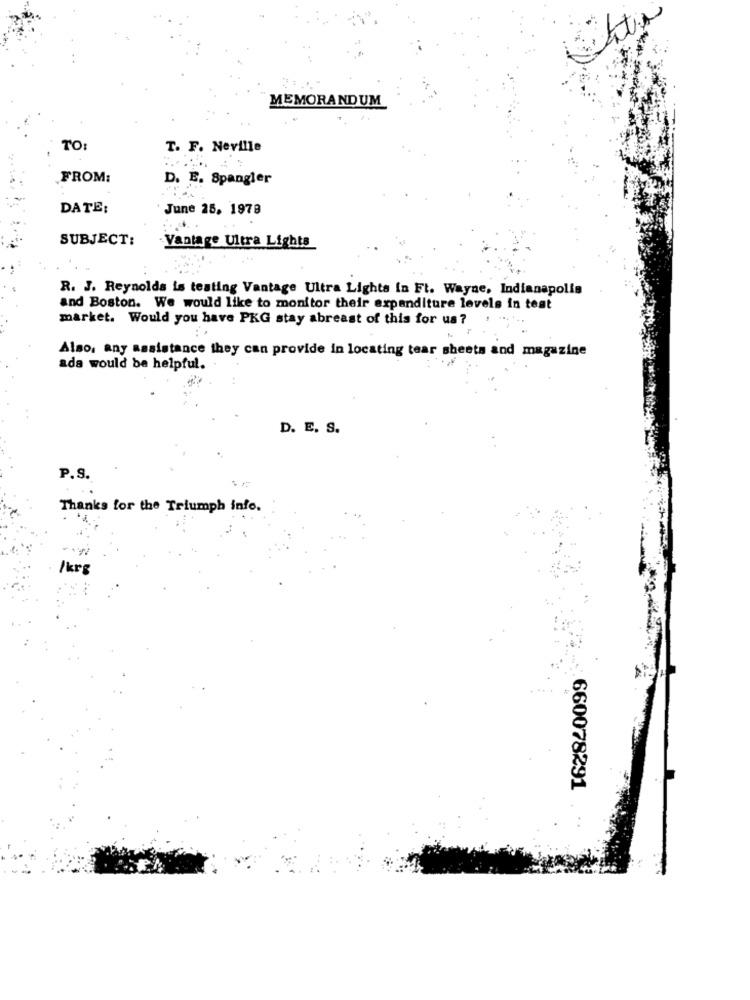
MEMORANDUM
TO:
T. F. Neville
FROM:
D. E. Spangler
DATE:
June 25. 1978
SUBJECT:
Vantage Ultra Lights
R. J. Reynolds is testing Vantage Ultra Lights in Ft. Wayne, Indianapolis
and Boston. We would like to monitor their expenditure levels in test
market. Would you have PKG stay abreast of this for us ?
Also, any assistance they can provide in locating tear sheets and magazine
ada would be helpful.
D. E. S.
P.S.
Thanks for the Triumph info.
/krg
660078291